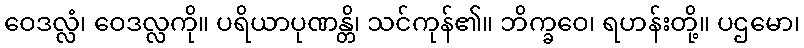
ဝေဒလ္လံ၊ ဝေဒလ္လကို။ ပရိယာပုဏန္တိ၊ သင်ကုန်၏။ ဘိက္ခဝေ၊ ရဟန်းတို့။ ပဌမော၊